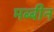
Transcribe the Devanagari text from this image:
मब्बीन